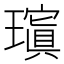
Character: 𱯰